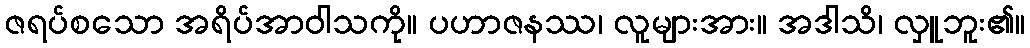
ဇရပ်စသော အရိပ်အာဝါသကို။ ပဟာဇနဿ၊ လူများအား။ အဒါသိ၊ လှူဘူး၏။